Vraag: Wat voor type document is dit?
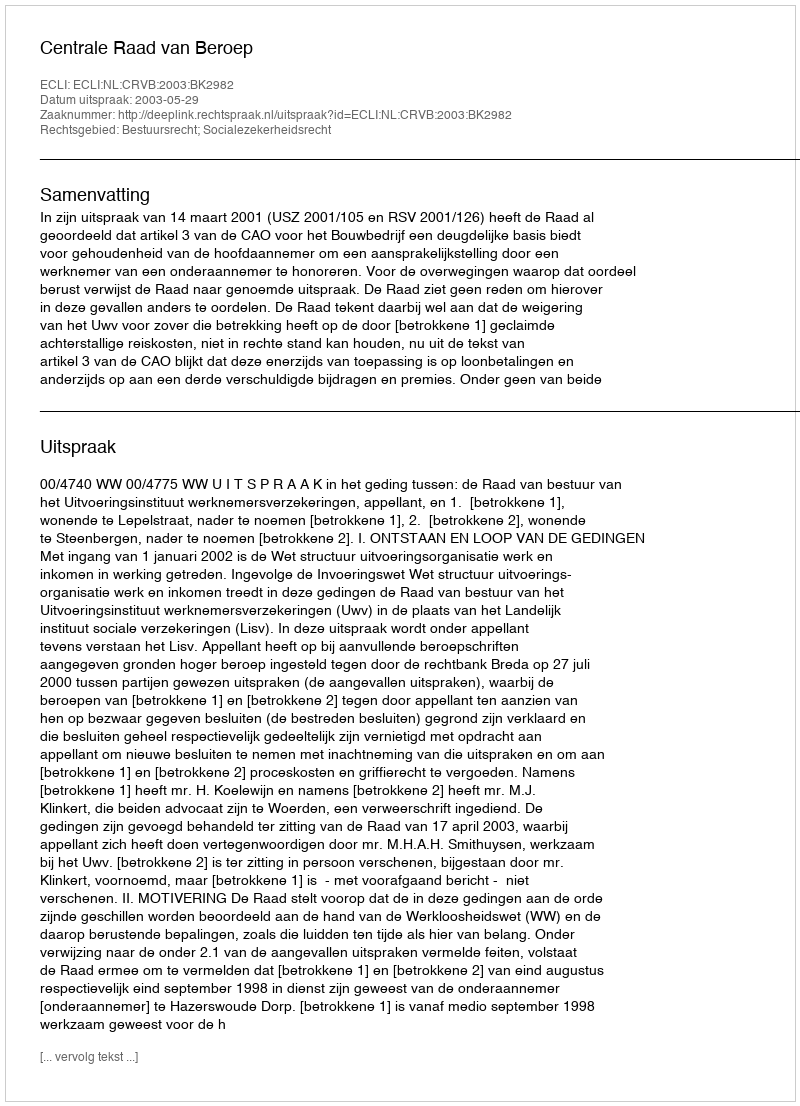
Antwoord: Uitspraak